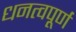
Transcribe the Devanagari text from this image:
धनत्वपूर्ण